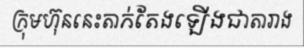
ក្រុមហ៊ុននេះតាក់តែងឡើងជាតារាង